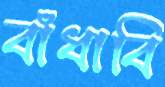
বাঁধাবি